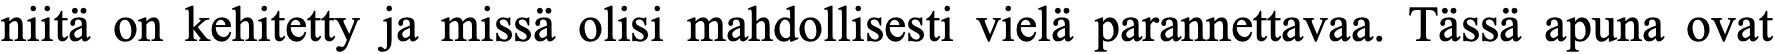
niitä on kehitetty ja missä olisi mahdollisesti vielä parannettavaa. Tässä apuna ovat